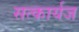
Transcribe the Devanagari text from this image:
सत्कार्यज